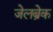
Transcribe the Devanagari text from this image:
जेलब्रेक